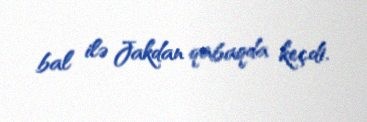
bal ilə Jakdan qabaqda keçdi.